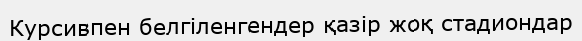
Курсивпен белгіленгендер қазір жоқ стадиондар